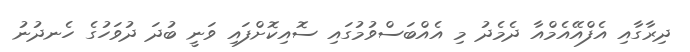
ދިރާގާއި އެފްއޭއެމްއާ ދެމެދު މި އެއްބަސްވުމުގައި ސޮއިކޮށްފައި ވަނީ ބުދަ ދުވަހުގެ ހެނދުނު